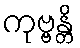
ကုဗ္ဗန္တိ